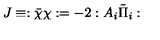
J \equiv : \bar { \chi } \chi : = - 2 : A _ { i } \tilde { \Pi } _ { i } :